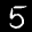
Label: 5